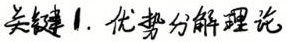
关键 1. 优势分解理论